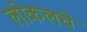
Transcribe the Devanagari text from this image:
लोकलचे